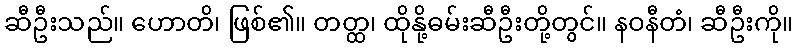
ဆီဦးသည်။ ဟောတိ၊ ဖြစ်၏။ တတ္ထ၊ ထိုနို့ဓမ်းဆီဦးတို့တွင်။ နဝနီတံ၊ ဆီဦးကို။